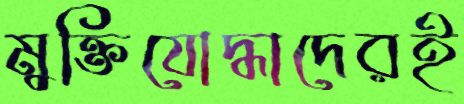
মুক্তিযোদ্ধাদেরই